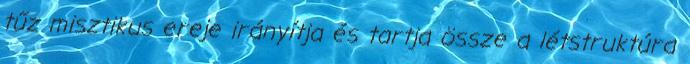
tűz misztikus ereje irányítja és tartja össze a létstruktúra